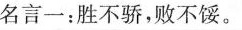
名言一：胜不骄，败不馁。